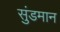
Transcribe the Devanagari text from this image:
सुंडमान